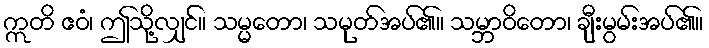
ဣတိ ဧဝံ၊ ဤသို့လျှင်။ သမ္မတော၊ သမုတ်အပ်၏။ သမ္ဘာဝိတော၊ ချီးမွမ်းအပ်၏။